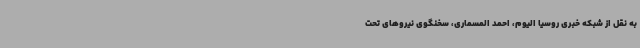
به نقل از شبکه خبری روسیا الیوم، احمد المسماری، سخنگوی نیروهای تحت